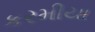
કરમીયા